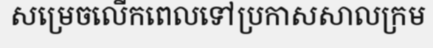
សម្រេចលើកពេលទៅប្រកាសសាលក្រម